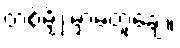
တစ်မျိုးမှာမတူချေ။